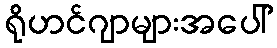
ရိုဟင်ဂျာများအပေါ်